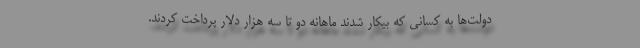
دولت‌ها به کسانی که بیکار شدند ماهانه دو تا سه هزار دلار پرداخت کردند.